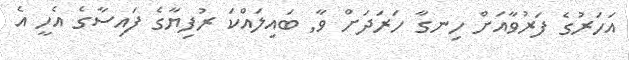
އަހަރުގެ ފަރުވާއަށް ހިނގާ ހަރަދަށް ވާ